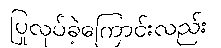
ပြုလုပ်ခဲ့ကြောင်းလည်း